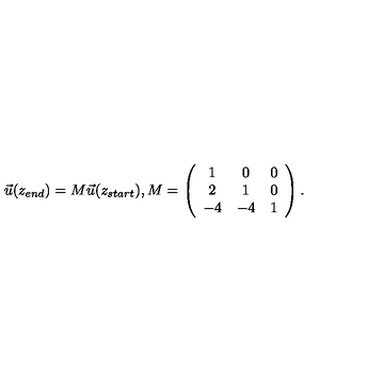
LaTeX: \vec { u } ( z _ { e n d } ) = M \vec { u } ( z _ { s t a r t } ) , M = \left( \begin{array} { c c c } { 1 } & { 0 } & { 0 } \\ { 2 } & { 1 } & { 0 } \\ { - 4 } & { - 4 } & { 1 } \\ \end{array} \right) .